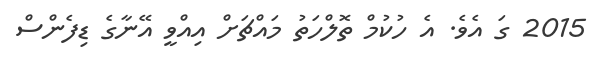
2015 ގަ އެވެ. އެ ހުކުމް ތޮލްހަތު މައްޗަށް އިއްވީ އޭނާގެ ޑިފެންސް